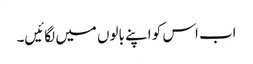
اب اس کو اپنے بالوں میں لگائیں۔